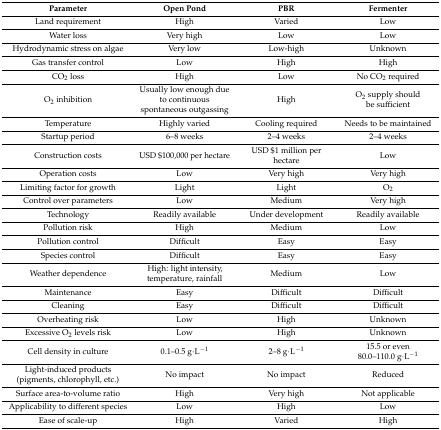
| Parameter | Open Pond | PBR | Fermenter |
 | --- | --- | --- | --- |
 | Land requirement | High | Varied | Low |
 | Water loss | Very high | Low | Low |
 | Hydrodynamic stress on algae | Very low | Low-high | Unknown |
 | Gas transfer control | Low | High | High |
 | CO2 loss | High | Low | No CO2 required |
 | O2 inhibition | Usually low enough due to continuous spontaneous outgassing | High | O2 supply should be sufficient |
 | Temperature | Highly varied | Cooling required | Needs to be maintained |
 | Startup period | 6–8 weeks | 2–4 weeks | 2–4 weeks |
 | Construction costs | USD $100,000 per hectare | USD $1 million per hectare | Low |
 | Operation costs | Low | Very high | Very high |
 | Limiting factor for growth | Light | Light | O2 |
 | Control over parameters | Low | Medium | Very high |
 | Technology | Readily available | Under development | Readily available |
 | Pollution risk | High | Medium | Low |
 | Pollution control | Difficult | Easy | Easy |
 | Species control | Difficult | Easy | Easy |
 | Weather dependence | High: light intensity, temperature, rainfall | Medium | Low |
 | Maintenance | Easy | Difficult | Difficult |
 | Cleaning | Easy | Difficult | Difficult |
 | Overheating risk | Low | High | Unknown |
 | Excessive O2 levels risk | Low | High | Unknown |
 | Cell density in culture | 0.1–0.5 g·L−1 | 2–8 g·L−1 | 15.5 or even 80.0–110.0 g·L−1 |
 | Light-induced products (pigments, chlorophyll, etc.) | No impact | No impact | Reduced |
 | Surface area-to-volume ratio | High | Very high | Not applicable |
 | Applicability to different species | Low | High | Low |
 | Ease of scale-up | High | Varied | High |